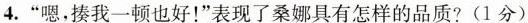
4.“嗯，揍我一顿也好！”表现了桑娜具有怎样的品质?(1分)